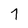
Character: 7